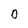
Character: 0